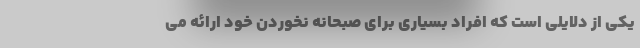
یکی از دلایلی است که افراد بسیاری برای صبحانه نخوردن خود ارائه می